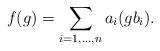
LaTeX: \begin{align*}f(g) = \sum_{i =1, ..., n} a_i(gb_i).\end{align*}